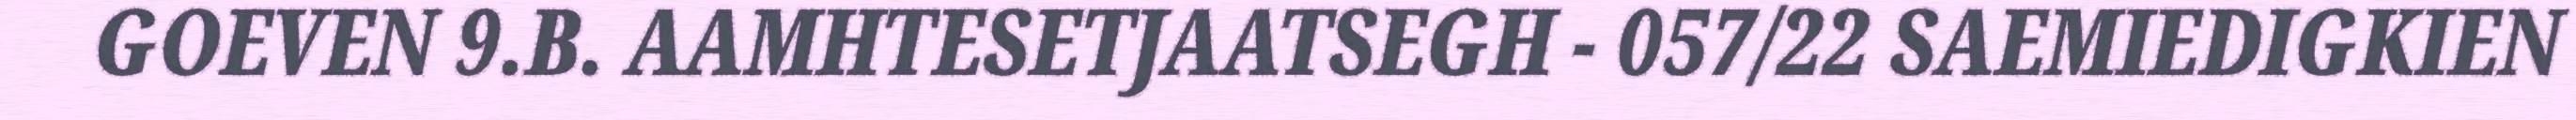
GOEVEN 9.B. AAMHTESETJAATSEGH - 057/22 SAEMIEDIGKIEN